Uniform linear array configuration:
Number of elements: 32
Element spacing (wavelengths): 0.5
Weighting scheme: exponential
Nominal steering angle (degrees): -45
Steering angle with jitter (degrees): -44.6
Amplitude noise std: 0.05
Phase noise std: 0.05

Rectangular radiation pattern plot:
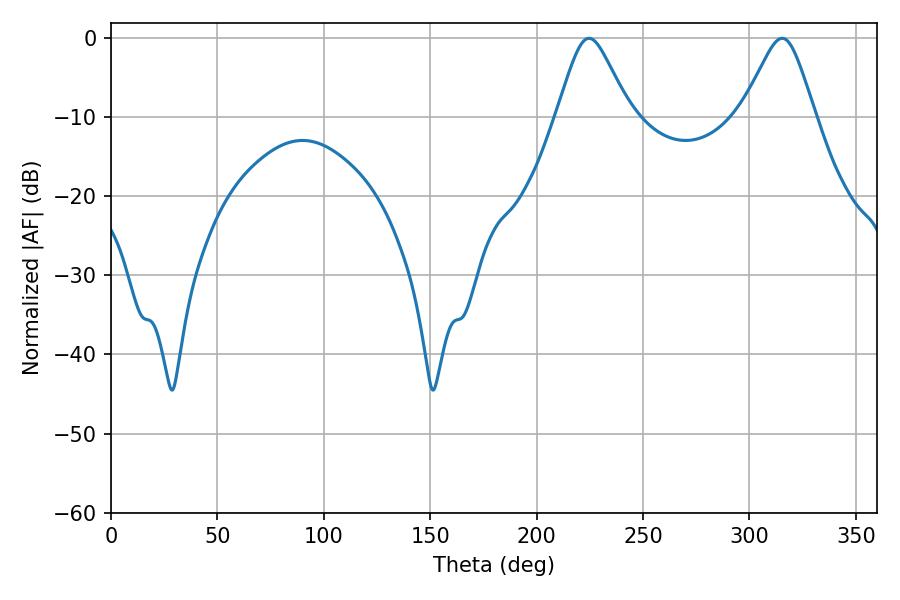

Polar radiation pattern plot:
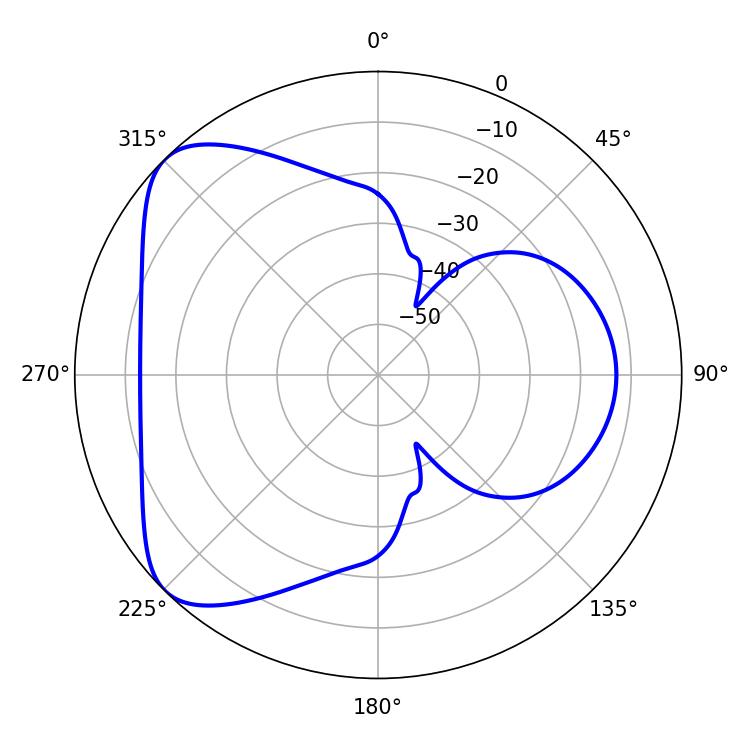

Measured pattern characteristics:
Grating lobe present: FALSE
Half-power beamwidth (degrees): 16.38
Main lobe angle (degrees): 224.64